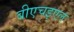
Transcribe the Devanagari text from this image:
बीएचइएल